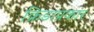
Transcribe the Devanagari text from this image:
क्रिडाप्रकार